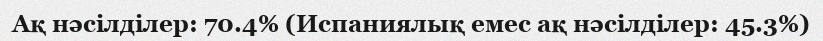
Ақ нәсілділер: 70.4% (Испаниялық емес ақ нәсілділер: 45.3%)